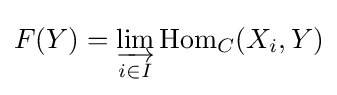
F(Y)=\varinjlim _{i\in I}\operatorname {Hom} _{C}(X_{i},Y)